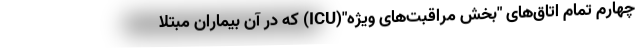
چهارم تمام اتاق‌های "بخش مراقبت‌های ویژه"(ICU) که در آن بیماران مبتلا